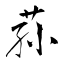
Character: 荪